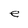
Character: e